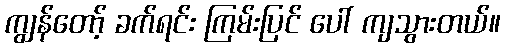
ကျွန်တော့် ခက်ရင်း ကြမ်းပြင် ပေါ် ကျသွားတယ်။